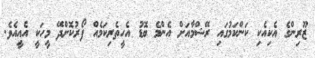
ޒޫރިންގެ އެކިއެކި ކަންކަމުގައި ރޭޝްމާއަށް އެންމެ ބޮޑު އެހީތެރިކަމެއް ފޯރުކޮށްދޭ މީހަކީ އެއީއެވެ.